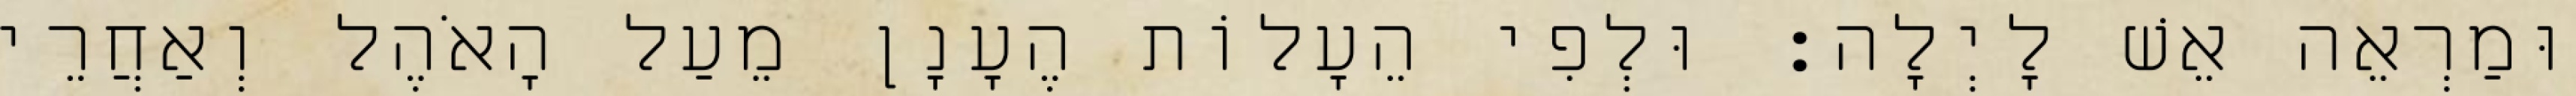
וּמַרְאֵה אֵשׁ לָיְלָה׃ וּלְפִי הֵעָלוֹת הֶעָנָן מֵעַל הָאֹהֶל וְאַחֲרֵי